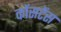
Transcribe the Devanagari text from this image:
कोंसटेंस